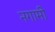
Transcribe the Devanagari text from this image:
नगामी